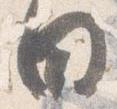
日